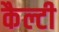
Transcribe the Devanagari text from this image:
कैल्टी